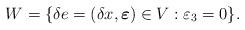
LaTeX: \begin{align*} W=\{\delta e=(\delta x,\boldsymbol{\varepsilon}) \in V: \varepsilon_3=0 \}.\end{align*}